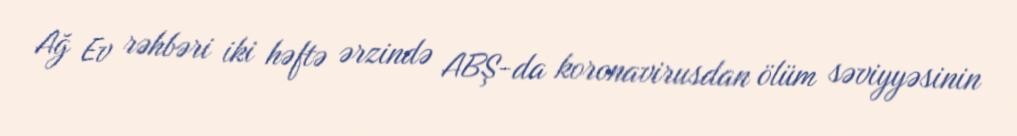
Ağ Ev rəhbəri iki həftə ərzində ABŞ-da koronavirusdan ölüm səviyyəsinin